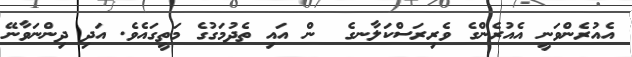
އެއުރެންވަނީ އެއުރެންގެ ވެރިރަސްކަލާނގެ  ން އައި ތެދުމަގުގެ މަތީގައެވެ. އަދި ދިންނަވާނޭ